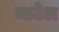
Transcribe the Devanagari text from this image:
माटेल